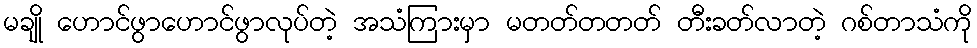
မချို ဟောင်ဖွာဟောင်ဖွာလုပ်တဲ့ အသံကြားမှာ မတတ်တတတ် တီးခတ်လာတဲ့ ဂစ်တာသံကို